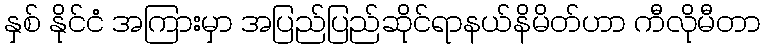
နှစ် နိုင်ငံ အကြားမှာ အပြည်ပြည်ဆိုင်ရာနယ်နိမိတ်ဟာ ကီလိုမီတာ